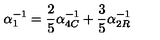
\alpha _ { 1 } ^ { - 1 } = \frac { 2 } { 5 } \alpha _ { 4 C } ^ { - 1 } + \frac { 3 } { 5 } \alpha _ { 2 R } ^ { - 1 }